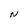
Character: N